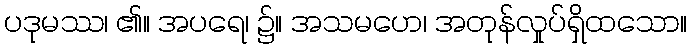
ပဒုမဿ၊ ၏။ အပရေ၊ ၌။ အသမဟေ၊ အတုန်လှုပ်ရှိထသော။